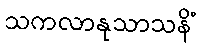
သကလာနုသာသနိံ